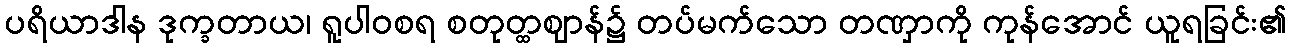
ပရိယာဒါန ဒုက္ခတာယ၊ ရူပါဝစရ စတုတ္ထဈာန်၌ တပ်မက်သော တဏှာကို ကုန်အောင် ယူရခြင်း၏